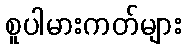
စူပါမားကတ်များ